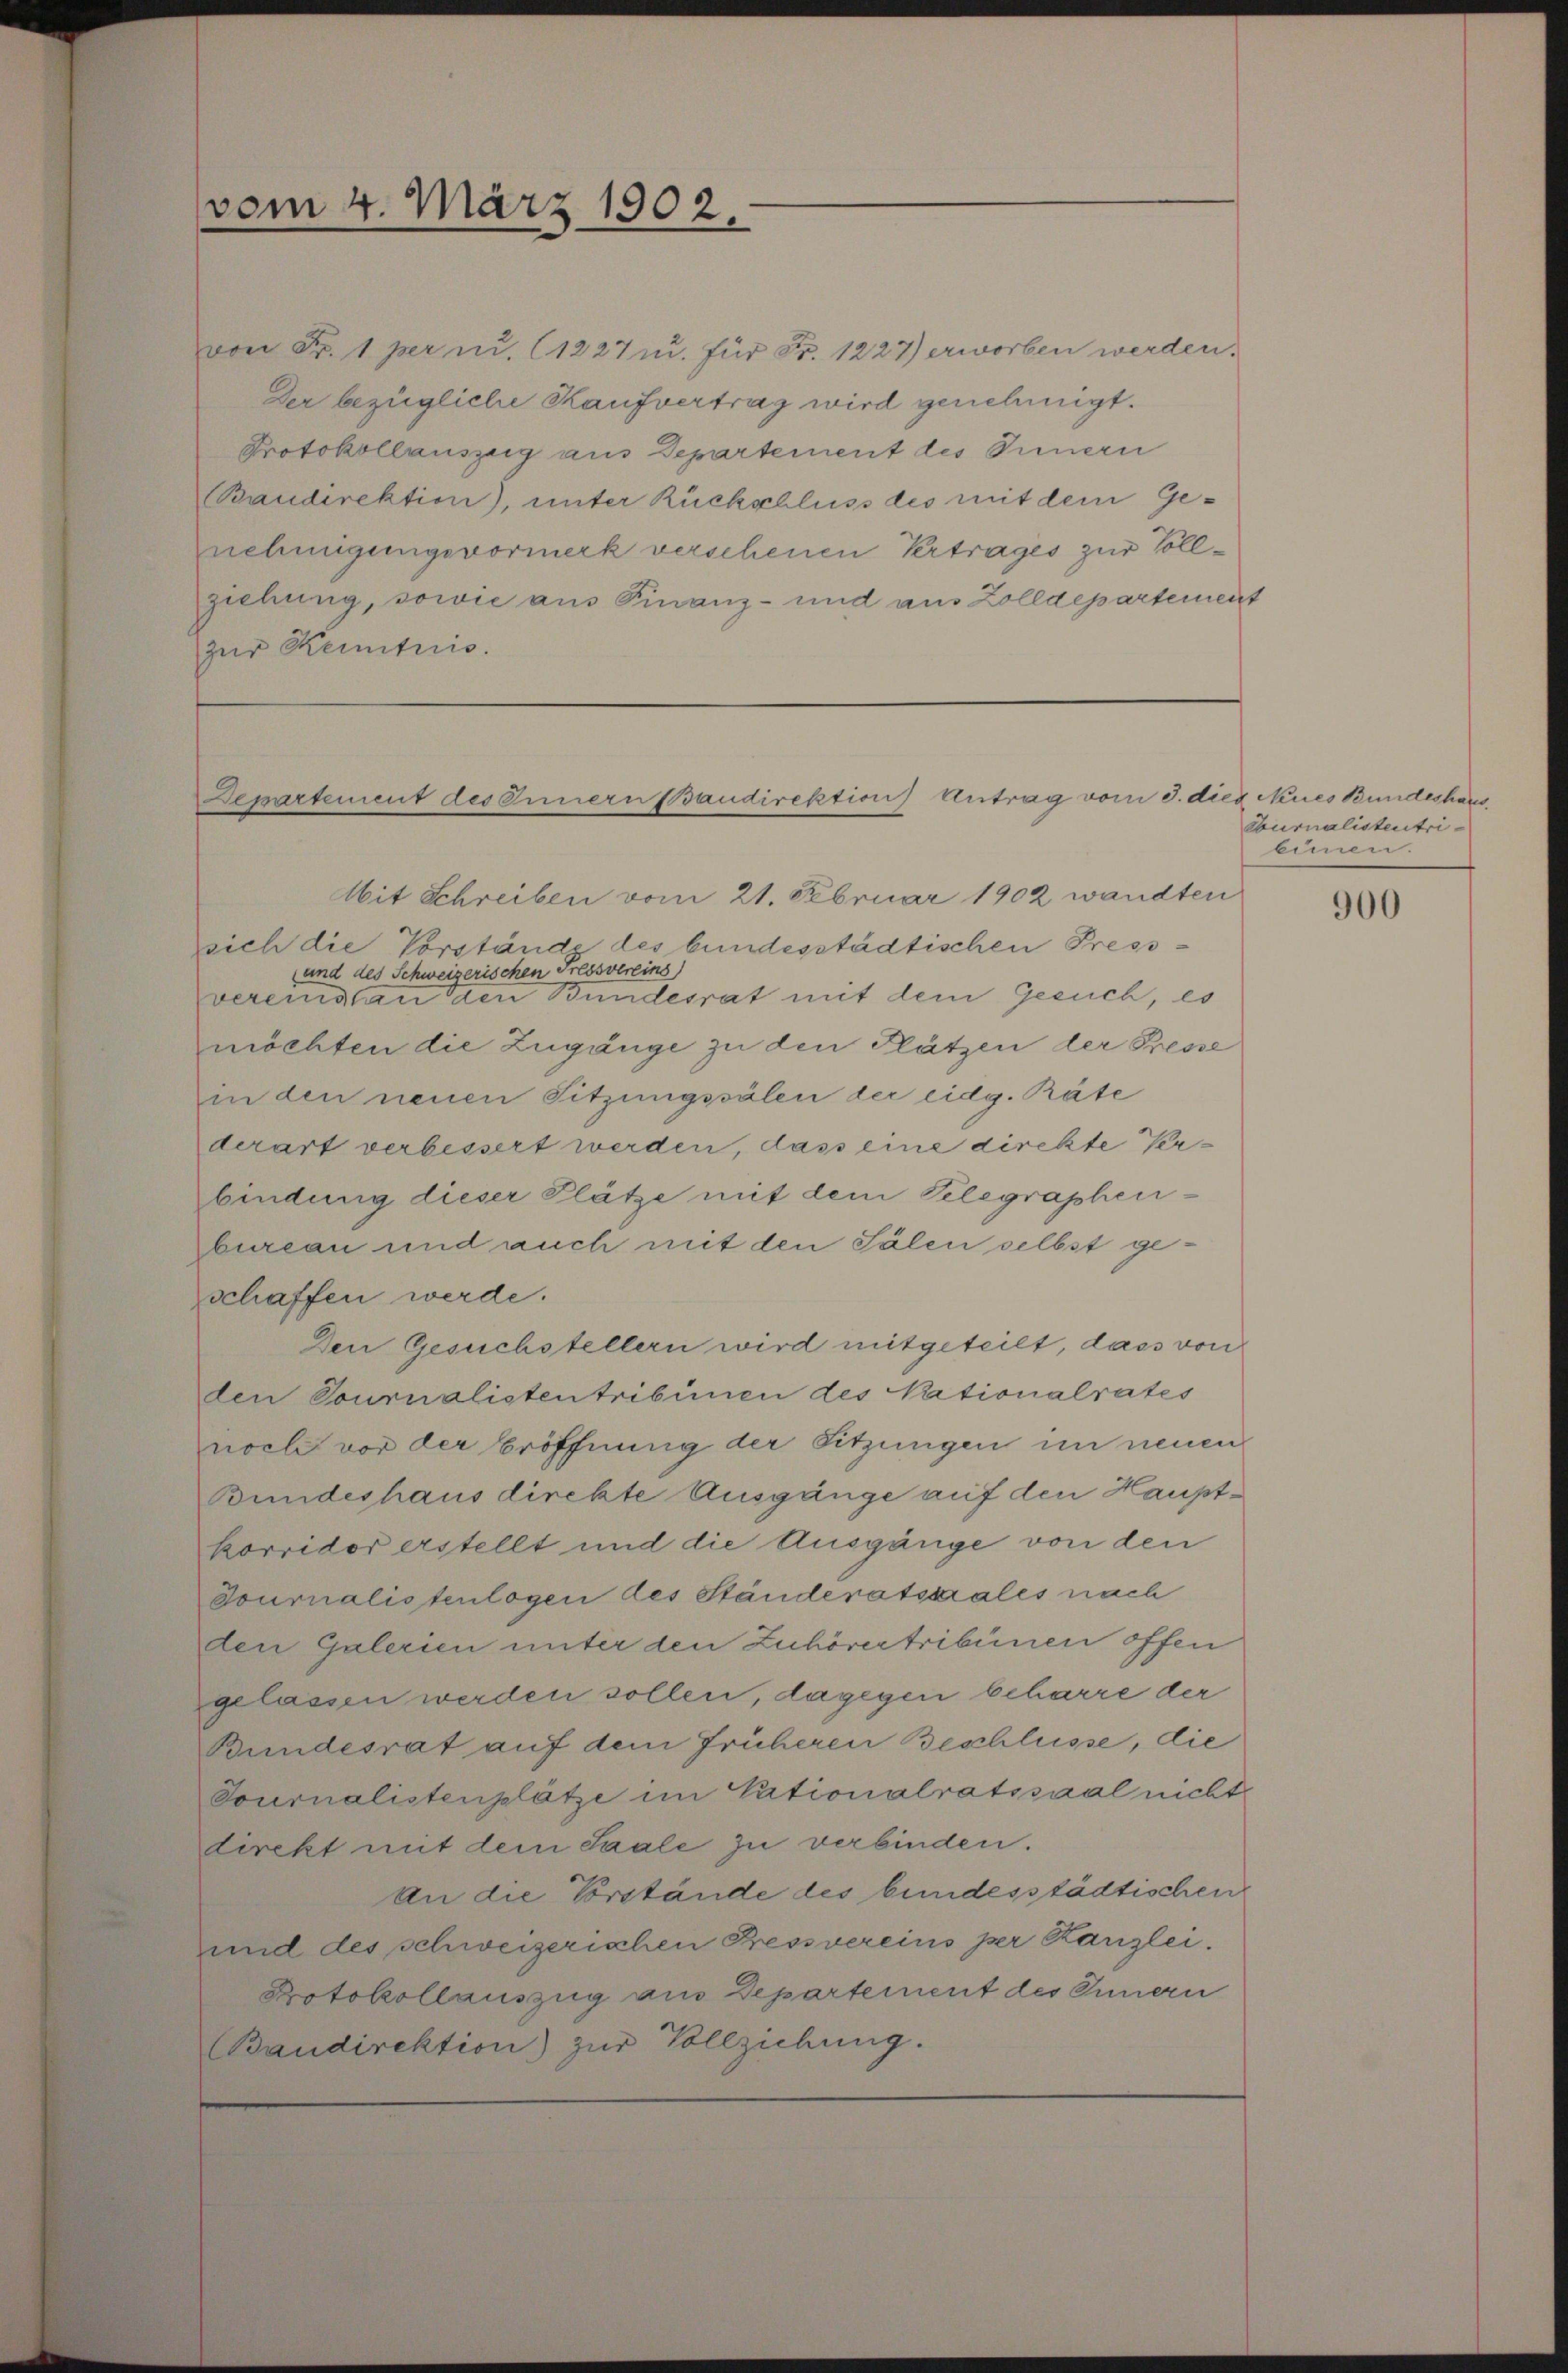
vom 4. März 1902.

von Fr. 1 per u. (1227 u. für Fr. 1227) erworben werden.
Der bezügliche Kaufvertrag wird genehmigt.
Protokollauszeig aus Departement des Innern
Baudirektion), unter Rückschluss des mit dem Genehmigungsvormerk verschenen Vertrages zur Vollziehung, sowie aus Finanz- und aus Zolldepartement
zur Kenntnis.

Departement des Innern Baudirektion Antrag vom 3. dies Neues Bundeshaus

Mit Schreiben vom 21. Februar 1902 wandten
sich die Vorstände des bundesstädtischen Press¬
und des Schweizerischen Fressvereins
vereins an den Bundesrat mit dem Gesuch, es
möchten die Zugänge zu den Plätzen der Presse
in den neuen Sitzungssälen der eidg. Räte
derart verbessert werden, dass eine direkte Ver-
bindung dieser Plätze mit dem Telegraphen-
bureau und auch mit den Sälen selbst geschaffen werde.
Den Gesuchstellern wird mitgeteilt, dass von
den Tournalistentribünen des Nationalrates
noch vor der Eröffnung der Sitzungen im neuen
Bundeshaus direkte Ausgänge auf den Hauptkorridor erstellt und die Ausgänge von den
Journalistenlogen des Ständeratssaales nach
den Galerien unter den Zuhörertribünen offen
gelassen werden sollen, dagegen beharre der
Bundesrat auf dem früheren Beschlüsse, die
Tournalistenplätze im Nationalratssaal nicht
dirckt mit dem Saale zu verbinden.
An die Vorstände des bundesstädtischen
und des schweizerischen Pressvereins per Kanzlei.
Protokollauszug aus Departement des Innern
Baudirektion) zur Vollziehung.

Cournalistentri-
bimen.

900